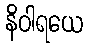
နိဝါရယေ